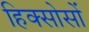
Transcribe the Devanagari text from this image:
हिक्सोसों